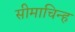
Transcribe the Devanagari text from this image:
सीमाचिन्‍ह